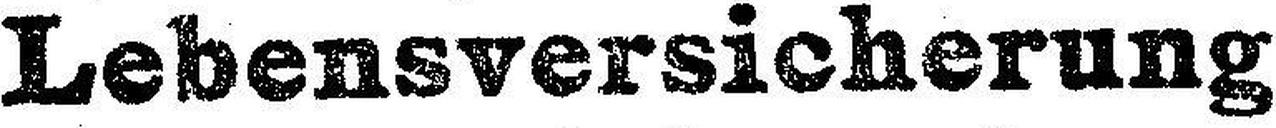
Lebensversicherung